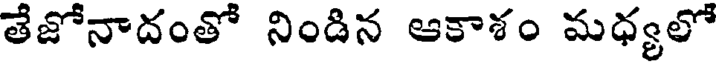
తేజోనాదంతో నిండిన ఆకాశం మధ్యలో